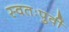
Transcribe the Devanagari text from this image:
स्वतःपुर्वी